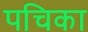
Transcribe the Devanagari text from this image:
पचिका